Annual statistical returns and brief notes on vaccination in Bengal - 1909-1929
Year: 1909
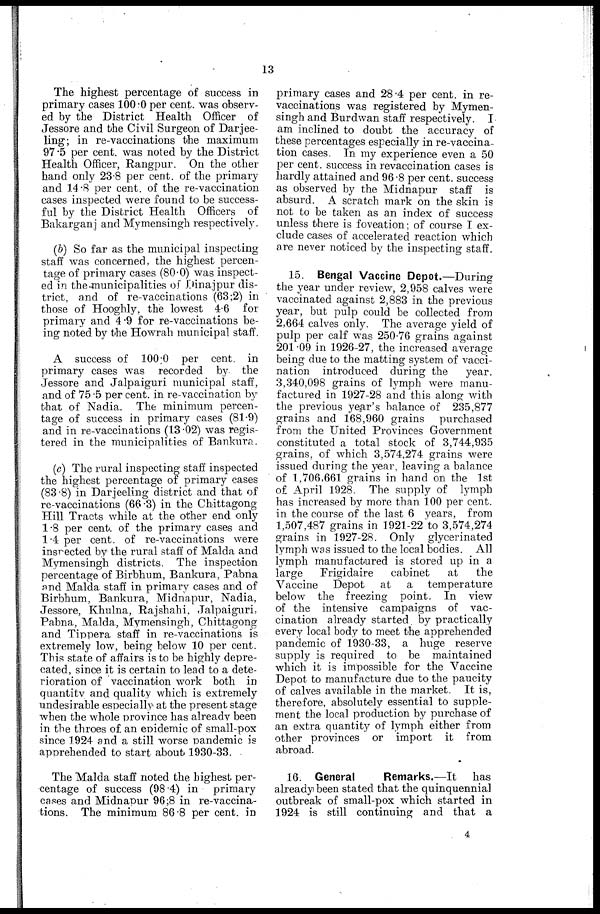
13
The highest percentage of success in
primary cases 100.0 per cent. was observ-
ed by the District Health Officer of
Jessore and the Civil Surgeon of Darjee-
ling; in re-vaccinations the maximum
97.5 per cent. was noted by the District
Health Officer, Rangpur. On the other
hand only 23.8 per cent. of the primary
and 14.8 per cent. of the re-vaccination
cases inspected were found to be success-
ful by the District Health Officers of
Bakarganj and Mymensingh respectively.
(b) So far as the municipal inspecting
staff was concerned, the highest percen-
tage of primary cases (80.0) was inspect-
ed in the municipalities of Dinajpur dis-
trict, and of re-vaccinations (63;2) in
those of Hooghly, the lowest 4.6 for
primary and 4.9 for re-vaccinations be-
ing noted by the Howrah municipal staff.
A success of 100.0 per cent. in
primary cases was recorded by the
Jessore and Jalpaiguri municipal staff,
and of 75.5 per cent. in re-vaccination by
that of Nadia. The minimum percen-
tage of success in primary cases (81.9)
and in re-vaccinations (13.02) was regis-
tered in the municipalities of Bankura.
(c) The rural inspecting staff inspected
the highest percentage of primary cases
(83.8) in Darjeeling district and that of
re-vaccinations (66.3) in the Chittagong
Hill Tracts while at the other end only
1.8 per cent. of the primary cases and
1.4 per cent. of re-vaccinations were
inspected by the rural staff of Malda and
Mymensingh districts. The inspection
percentage of Birbhum, Bankura, Pabna
and Malda staff in primary cases and of
Birbhum, Bankura, Midnapur, Nadia,
Jessore, Khulna, Rajshahi, Jalpaiguri,
Pabna, Malda, Mymensingh, Chittagong
and Tippera staff in re-vaccinations is
extremely low, being below 10 per cent.
This state of affairs is to be highly depre-
cated, since it is certain to lead to a dete-
rioration of vaccination work both in
quantity and quality which is extremely
undesirable especially at the present stage
when the whole province has already been
in the throes of. an epidemic of small-pox
since 1924 and a still worse pandemic is
apprehended to start about 1930-33.
The Malda staff noted the highest per-
centage of success (98.4) in primary
cases and Midnapur 96;8 in re-vaccina-
tions. The minimum 86.8 per cent. in
primary cases and 28.4 per cent. in re-
vaccinations was registered by Mymen-
singh and Burdwan staff respectively. I
am inclined to doubt the accuracy of
these percentages especially in re-vaccina-
tion cases. In my experience even a 50
per cent. success in revaccination cases is
hardly attained and 96.8 per cent. success
as observed by the Midnapur staff is
absurd. A scratch mark on the skin is
not to be taken as an index of success
unless there is foveation; of course I ex-
clude cases of accelerated reaction which
are never noticed by the inspecting staff.
15. Bengal Vaccine Depot.—During
the year under review, 2,958 calves were
vaccinated against 2,883 in the previous
year, but pulp could be collected from
2,664 calves only. The average yield of
pulp per calf was 250.76 grains against
201.09 in 1926-27, the increased average
being due to the matting system of vacci-
nation introduced during the
year.
3,340,098 grains of lymph were manu-
factured in 1927-28 and this along with
the previous year's balance of 235,877
grains and 168,960 grains purchased
from the United Provinces Government
constituted a total stock of 3,744,935
grains, of which 3,574,274 grains were
issued during the year, leaving a balance
of 1,706,661 grains in hand on the 1st
of April 1928. The supply of lymph
has increased by more than 100 per cent.
in the course of the last 6 years, from
1,507,487 grains in 1921-22 to 3,574,274
grains in 1927-28. Only glycerinated
lymph was issued to the local bodies. All
lymph manufactured is stored up in a
large
Frigidaire
cabinet
at
the
Vaccine Depot at a temperature
below the freezing point. In view
of the intensive campaigns of vac-
cination already started by practically
every local body to meet the apprehended
pandemic of 1930-33, a huge reserve
supply is required to be maintained
which it is impossible for the Vaccine
Depot to manufacture due to the paucity
of calves available in the market. It is,
therefore, absolutely essential to supple-
ment the local production by purchase of
an extra quantity of lymph either from
other provinces or import it from
abroad.
16. General
Remarks.—It
has
already been stated that the quinquennial
outbreak of small-pox which started in
1924 is still continuing and that a
4